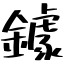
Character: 鐻